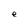
Character: e